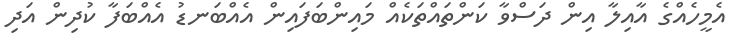
އެމީހެއްގެ އާއިލާ އިން ދަސްވާ ކަންތައްތަކެއް މައިންބަފައިން އެއްބަނޑު އެއްބަފާ ކުދިން އަދި